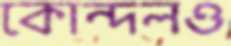
কোন্দলও